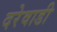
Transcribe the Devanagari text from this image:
दरेवाडी